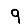
Digit: 9